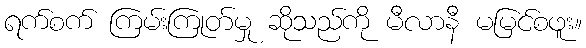
ရက်စက် ကြမ်းကြုတ်မှု ဆိုသည်ကို မီလာနီ မမြင်စဖူး။